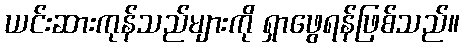
ယင်းဆားကုန်သည်များကို ရှာဖွေရန်ဖြစ်သည်။